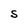
Character: S